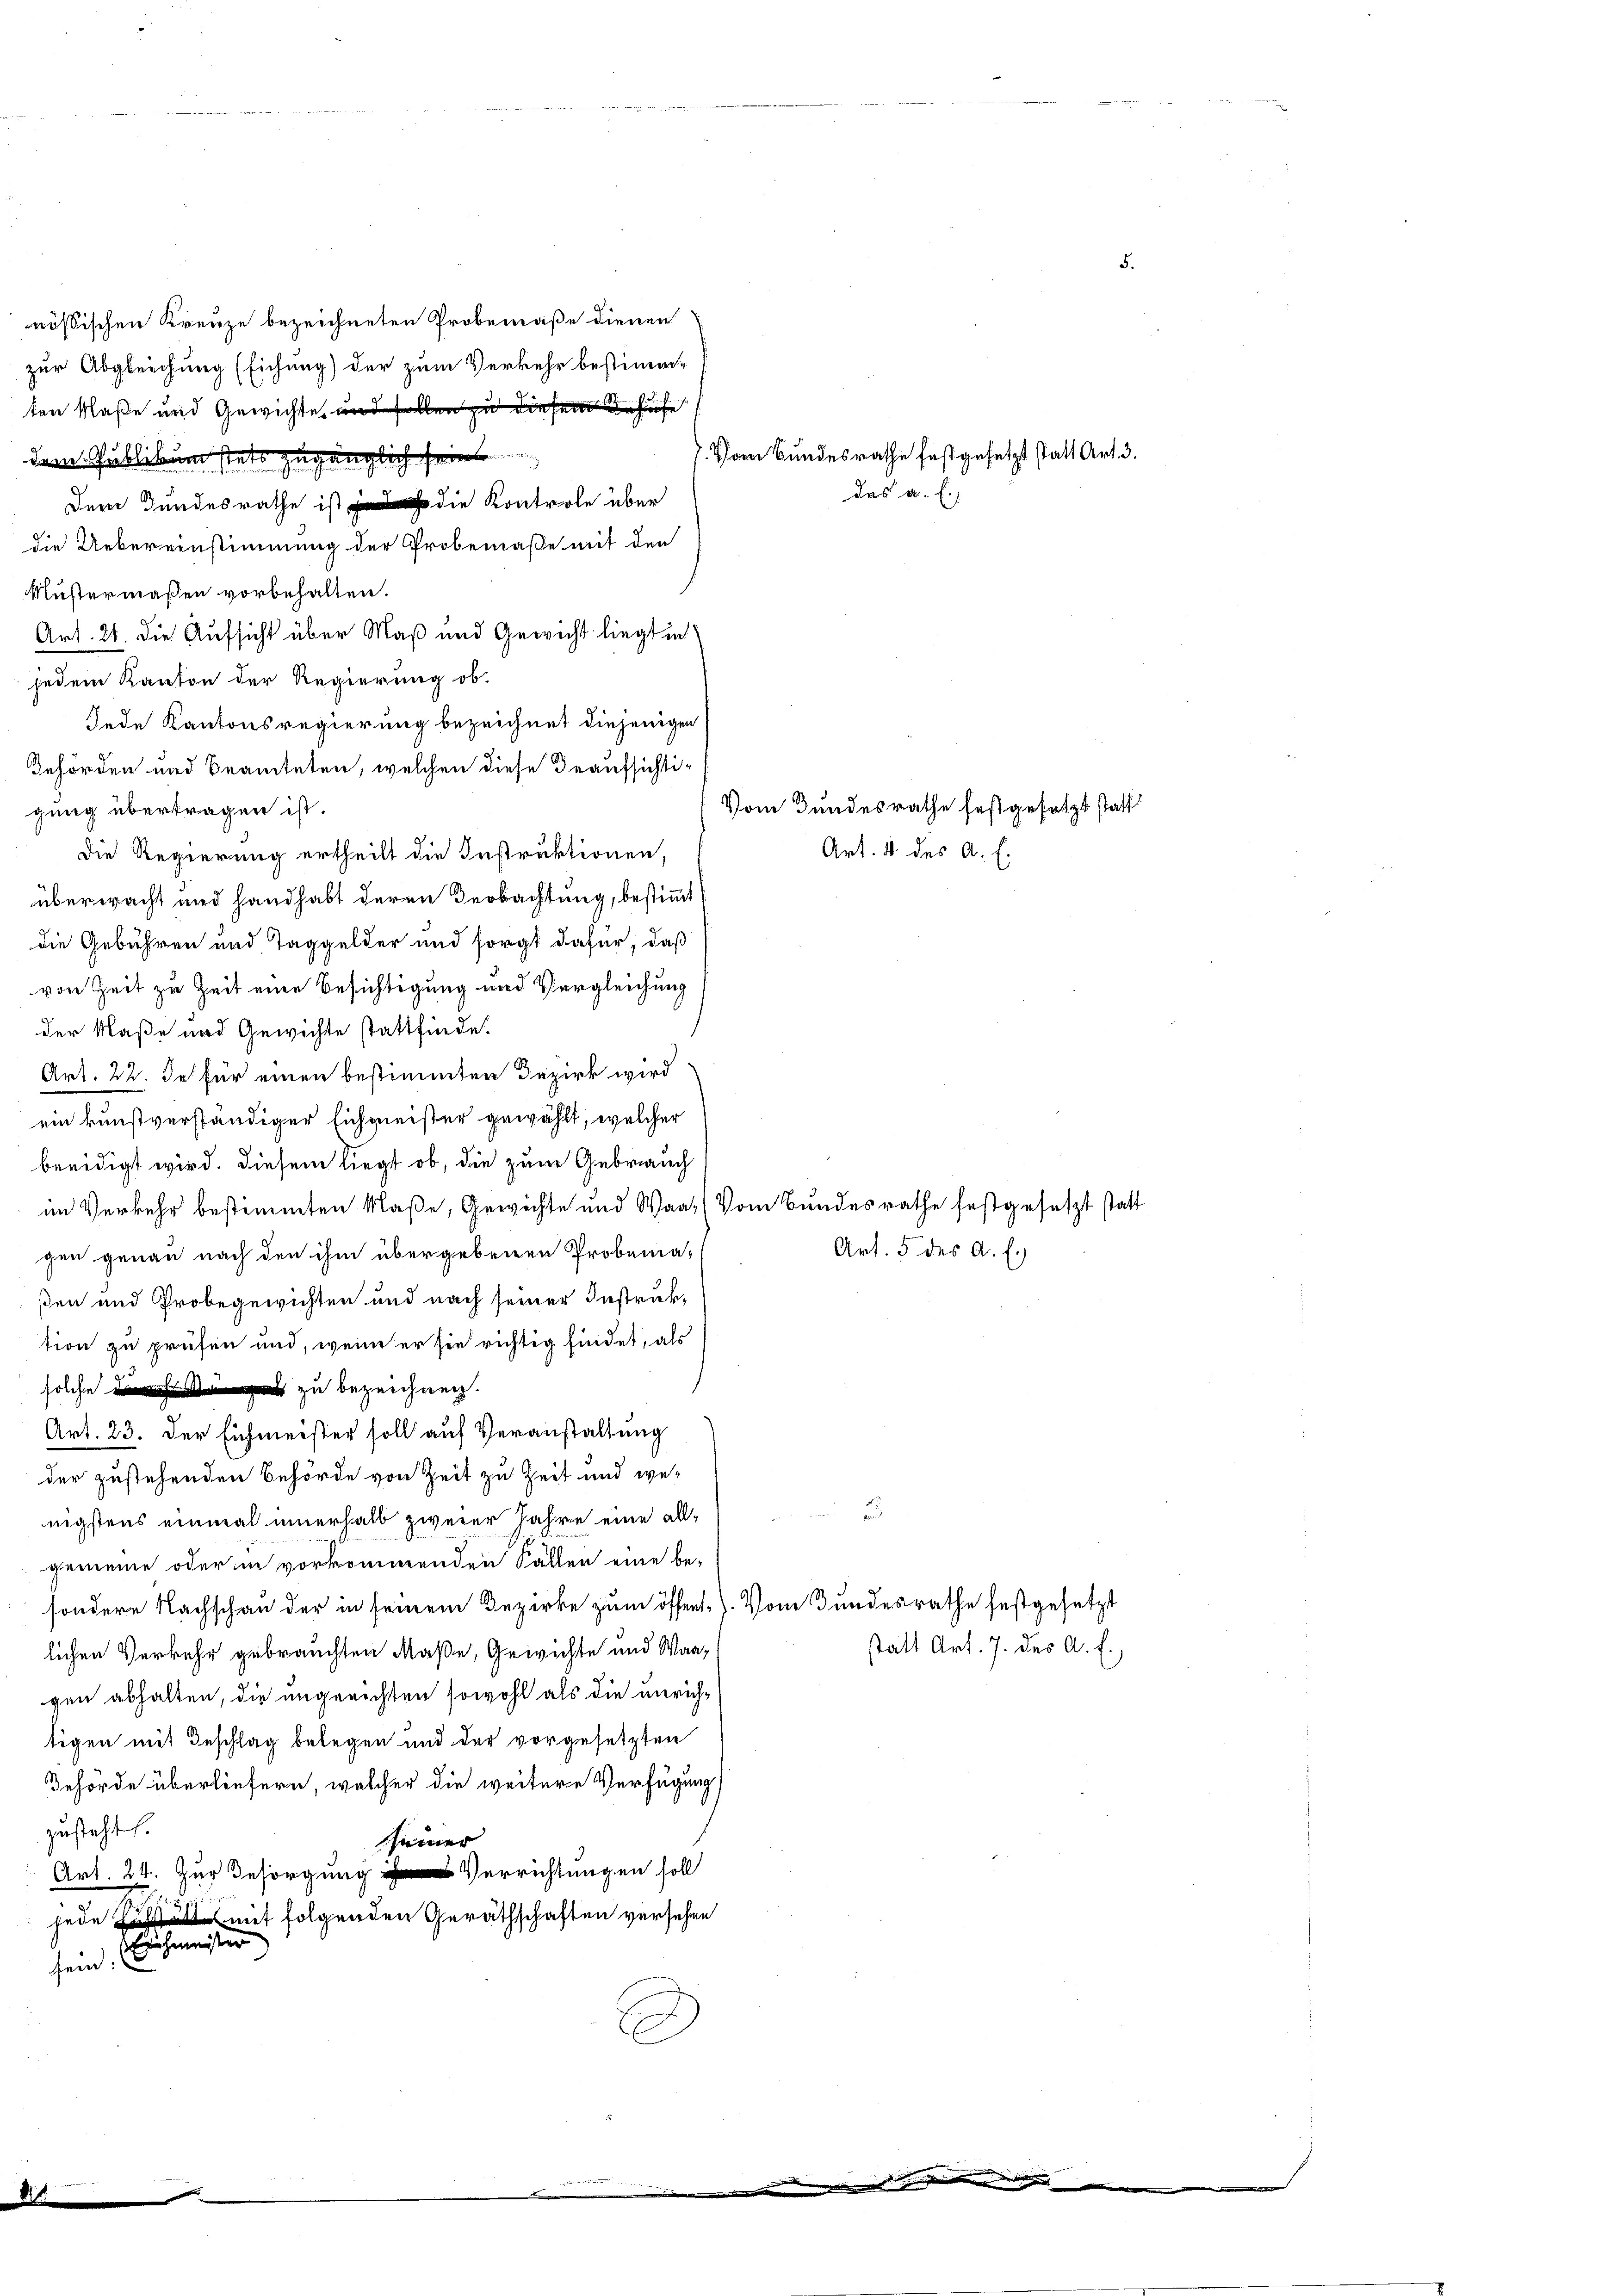
nössischen Kreuze bezeichneten Probemaße dienen
gung übertragen ist.
überwacht und handhabt deren Beobachtung, bestimmt
die Gebühren und Taggelder und sorgt dafür, daß
von Zeit zu Zeit eine Besichtigung und Vergleichung
der Maße und Gewichte stattfinde.
Art. 22. des für einen bestimmten Bezirk wird
ein kunstverständiger Eichmeister gewählt, welcher
beeidigt wird. Diesem liegt ob, die zum Gebrauch
im Verkehr bestimmten Klaße, Gewichte und Waat (Vom Bundesrathe festgesetzt statt
gen genau nach den ihm übergebenen Probema-
ßen und Probegewichten und nach seiner Instruktion zu prüfen und, wenn er sie richtig findet, als
solche zu bezeichnen.
Art. 23. Der Eichmeister soll auf Veranstaltung
der zustehenden Behörde von Zeit zu Zeit und we-
nigstens einmal innerhalb zweier Jahre eine all-
gemeine oder in vorkommenden Fällen eine be-
sondere Nachschau der in seinem Bezirke zum öffent. Vom Bundesrathe festgesetzt
lichen Verkehr gebrauchten Maße, Gewichte und Waagen abhalten, die ungerichten sowohl als die unrichtigen mit Beschlag belegen und der vorgesetzten
Behörde überliefern, welcher die weitere Verfügung
zusteht.
seiner
Art. 24. Zur Besorgung Verrichtungen soll
jede mit folgenden Geräthschaften versehen
Eleichmeister
sein:

zur Abgleichung (Eichung) der zum Verkehr bestimme
ten Maße und Gewichte und sollen zu diesem Behufe
dem Publikum stets zugänglich seine
Dem Bundesrathe ist die Kontrole über
die Uebereinstimmung der Probemaße mit den
Mustermaßen vorbehalten.
Art. 21. die Aufsicht über Maß und Gewicht liegt in
jedem Kanton der Regierung ob.

Jede Kantonsregierung bezeichnet diejenigen
Gehörden und Beamteten, welchen diese Beaufsichti¬

Die Regierung ertheilt die Instruktionen,

7. Vom Bundesrathe festgesetzt statt Art. 3.
das a. E.

Vom Bundesrathe festgesetzt statt
Art. 4 des A. E.

Art. 5 des A. E.

statt Art. 7. des A. E.,